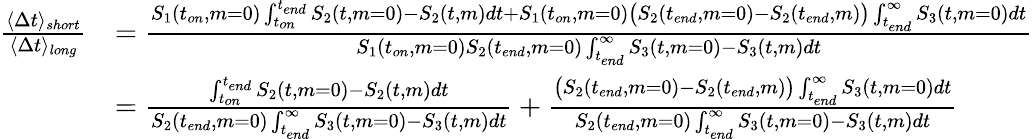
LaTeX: \begin{array}{rl}{\frac{\langle\Delta t\rangle_{short}}{\langle\Delta t\rangle_{long}}}&{=\frac{S_{1}(t_{on},m=0)\int_{t_{on}}^{t_{end}}S_{2}(t,m=0)-S_{2}(t,m)dt+S_{1}(t_{on},m=0)\big(S_{2}(t_{end},m=0)-S_{2}(t_{end},m)\big)\int_{t_{end}}^{\infty}S_{3}(t,m=0)dt}{S_{1}(t_{on},m=0)S_{2}(t_{end},m=0)\int_{t_{end}}^{\infty}S_{3}(t,m=0)-S_{3}(t,m)dt}}\\ &{=\frac{\int_{t_{on}}^{t_{end}}S_{2}(t,m=0)-S_{2}(t,m)dt}{S_{2}(t_{end},m=0)\int_{t_{end}}^{\infty}S_{3}(t,m=0)-S_{3}(t,m)dt}+\frac{\big(S_{2}(t_{end},m=0)-S_{2}(t_{end},m)\big)\int_{t_{end}}^{\infty}S_{3}(t,m=0)dt}{S_{2}(t_{end},m=0)\int_{t_{end}}^{\infty}S_{3}(t,m=0)-S_{3}(t,m)dt}}\end{array}